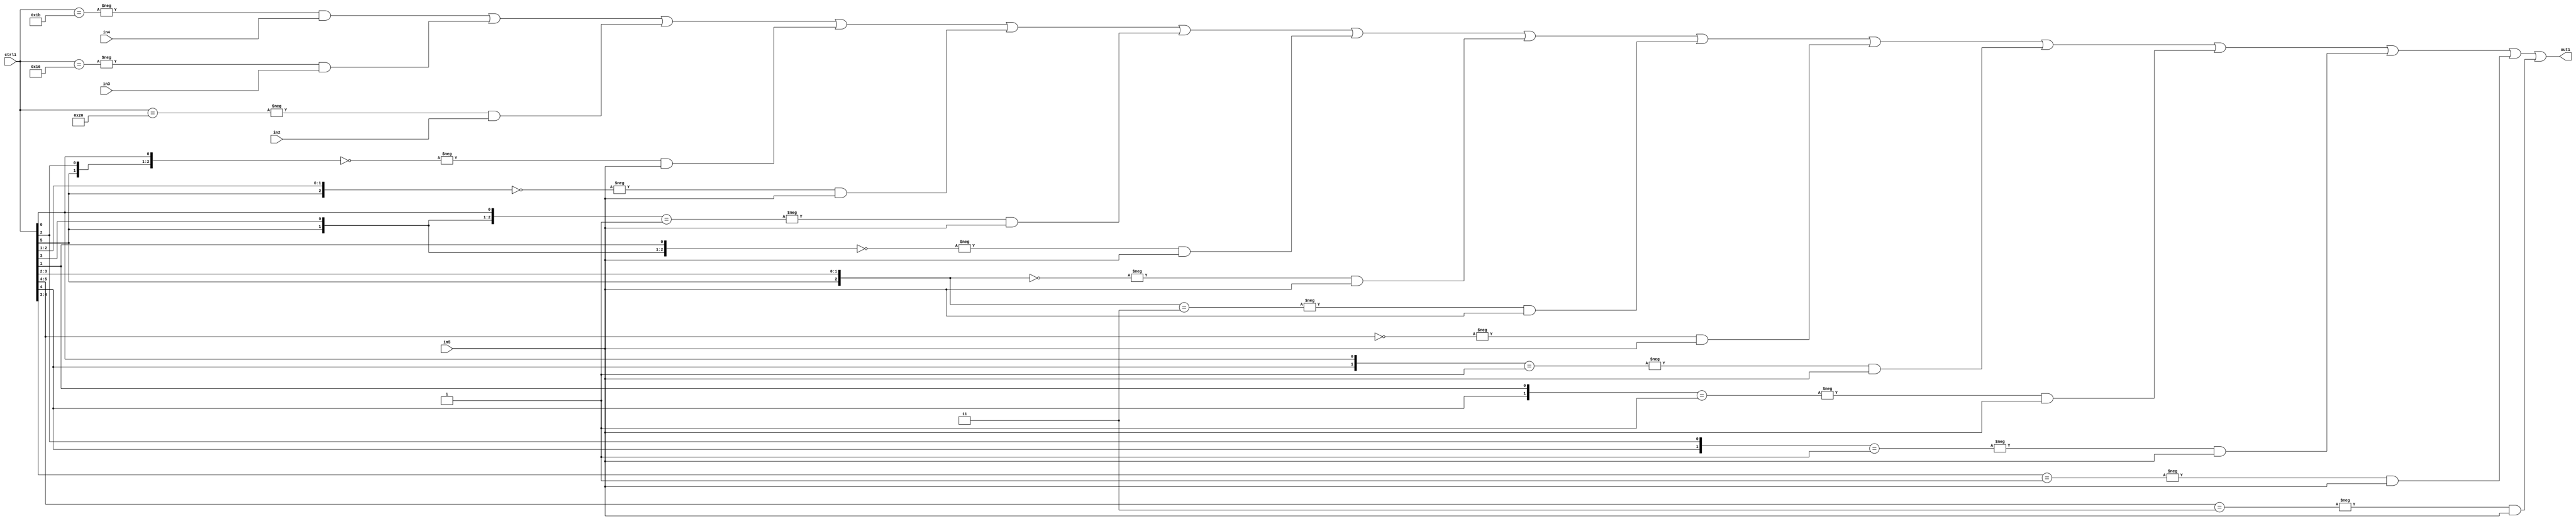
`timescale 1ps / 1ps
/*****************************************************************************
    Verilog RTL Description
    
    
    Created by: Stratus DpOpt 21.05.01 
*******************************************************************************/

module SobelFilter_N_Mux_32_4_61_1 (
	in5,
	in4,
	in3,
	in2,
	ctrl1,
	out1
	); /* architecture "behavioural" */ 
input [31:0] in5;
input [8:0] in4,
	in3,
	in2;
input [5:0] ctrl1;
output [31:0] out1;
wire [31:0] asc001;

assign asc001 = 
	-{ctrl1 == 6'B011011} & in4 |
	-{ctrl1 == 6'B010110} & in3 |
	-{ctrl1 == 6'B100000} & in2 |
	-{{ctrl1[5], ctrl1[2], ctrl1[0]} == 3'B000} & in5 |
	-{{ctrl1[5], ctrl1[2:1]} == 3'B000} & in5 |
	-{{ctrl1[5], ctrl1[3], ctrl1[0]} == 3'B001} & in5 |
	-{{ctrl1[5], ctrl1[3], ctrl1[1]} == 3'B000} & in5 |
	-{{ctrl1[5], ctrl1[3:2]} == 3'B000} & in5 |
	-{{ctrl1[5], ctrl1[3:2]} == 3'B011} & in5 |
	-{ctrl1[5:4] == 2'B00} & in5 |
	-{{ctrl1[4], ctrl1[0]} == 2'B01} & in5 |
	-{{ctrl1[4], ctrl1[1]} == 2'B01} & in5 |
	-{{ctrl1[4], ctrl1[2]} == 2'B01} & in5 |
	-{ctrl1[4:3] == 2'B01} & in5 |
	-{ctrl1[5:4] == 2'B11} & in5 ;

assign out1 = asc001;
endmodule

/* CADENCE  s7X0Sgo= : u9/ySxbfrwZIxEzHVQQV8Q== ** DO NOT EDIT THIS LINE ******/